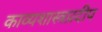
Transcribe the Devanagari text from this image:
काव्यशास्त्रप्रदीप